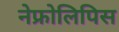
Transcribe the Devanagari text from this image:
नेफ्रोलिपिस